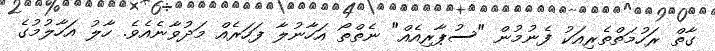
ގާތް ރަހުމަތްތެރިއަކު ފެނުމުން "ސުޕާރިއެއް" ނެތްތޯ އަހާނުލާ ފަހަރެއް މަދުވާނެއެވެ. ހާލު އަހާލުމުގެ